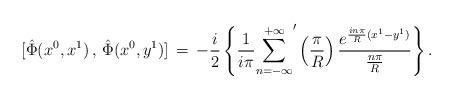
LaTeX: \begin{align*}\mbox{} [\hat{\Phi}(x^{0},x^{1})\,,\,\hat{\Phi}(x^{0},y^{1})] \,=\,-\frac{i}{2} \left\{\frac{1}{i\pi} {\sum_{n=-\infty}^{+\infty}}^{\prime} \left(\frac{\pi}{R}\right)\frac{e^{\frac{in\pi}{R} (x^{1}-y^{1})}}{\frac{n\pi}{R}} \right\}.\end{align*}